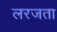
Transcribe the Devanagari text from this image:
लरजता